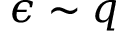
\epsilon \sim q